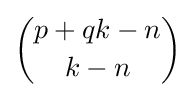
{\binom {p+qk-n}{k-n}}